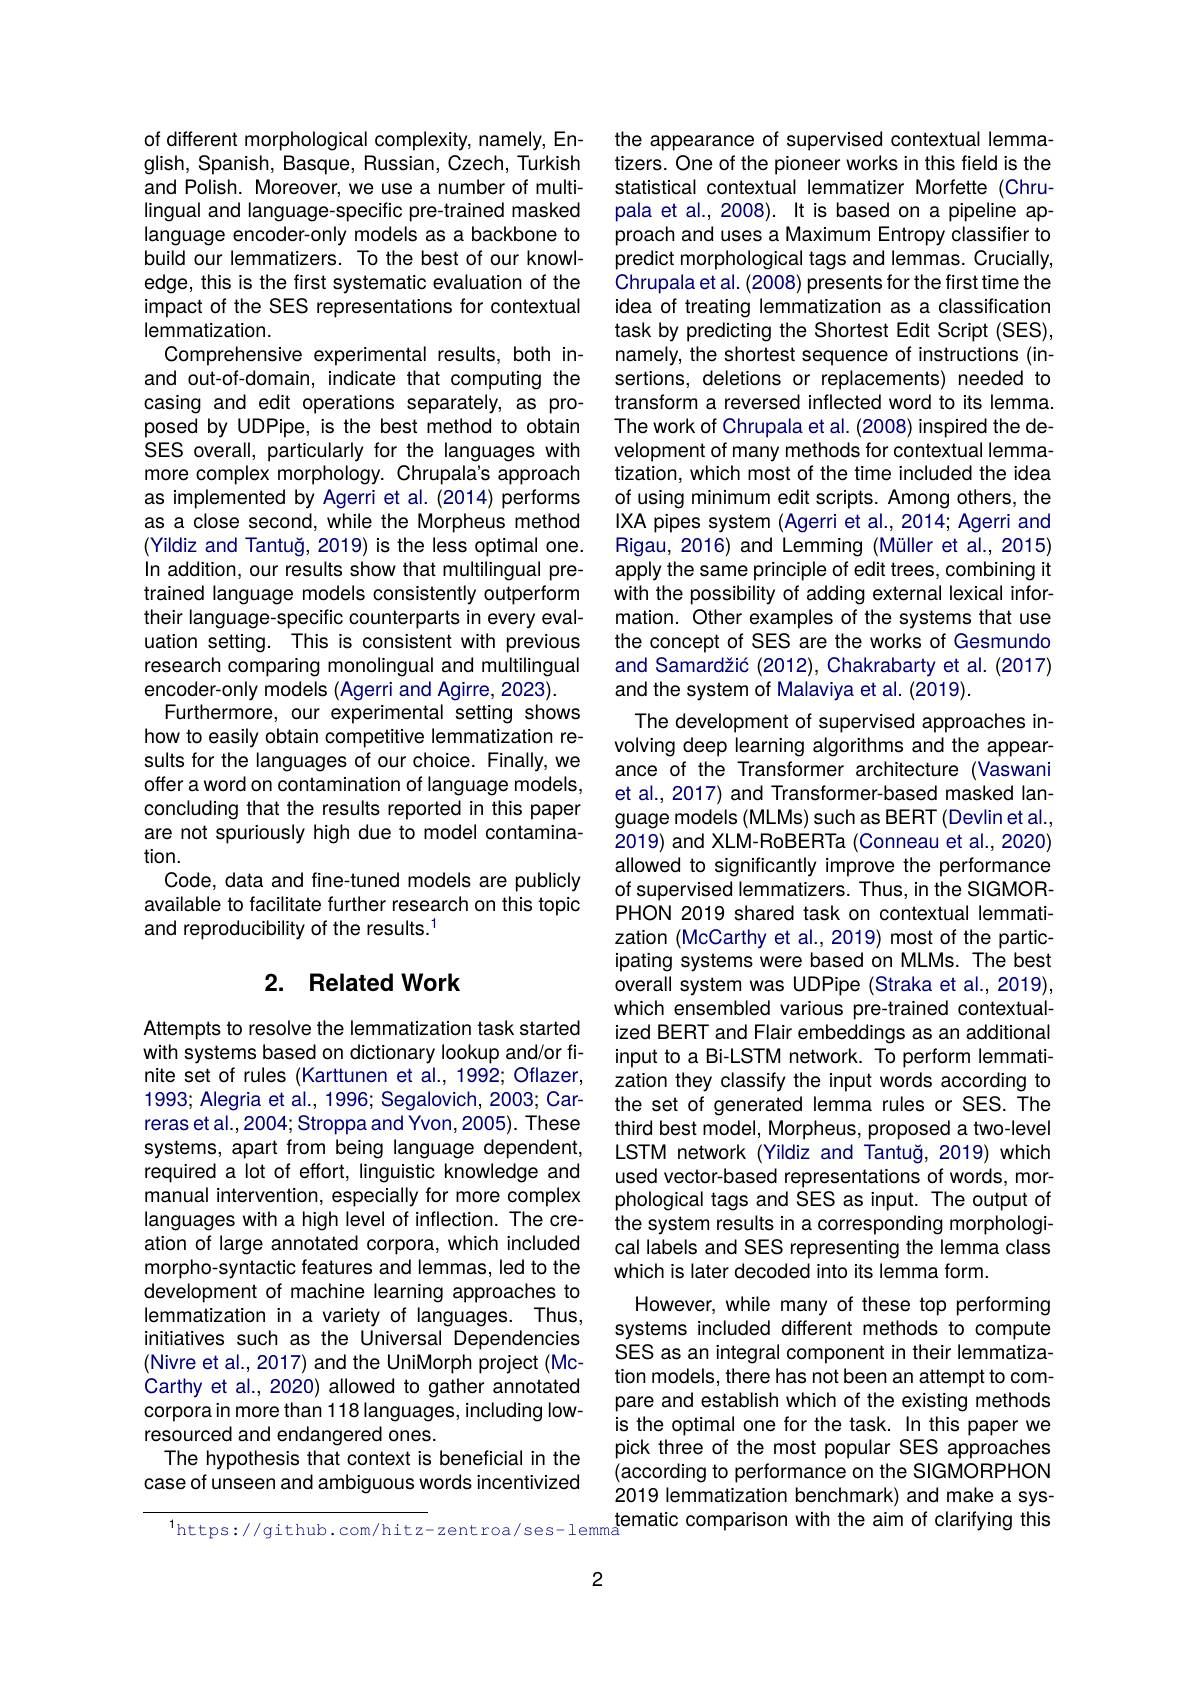
of different morphological complexity, namely, English, Spanish, Basque, Russian, Czech, Turkish and Polish. Moreover, we use a number of multilingual and language-specific pre-trained masked language encoder-only models as a backbone to build our lemmatizers. To the best of our knowledge, this is the first systematic evaluation of the impact of the SES representations for contextual lemmatization.
Comprehensive experimental results, both inand out-of-domain, indicate that computing the casing and edit operations separately, as proposed by UDPipe, is the best method to obtain SES overall, particularly for the languages with more complex morphology. Chrupala's approach as implemented by Agerri et al.(2014) performs as a close second, while the Morpheus method (Yildiz and Tantuğ, 2019) is the less optimal one. In addition, our results show that multilingual pretrained language models consistently outperform their language-specific counterparts in every evaluation setting. This is consistent with previous research comparing monolingual and multilingual encoder-only models (Agerri and Agirre, 2023).
Furthermore, our experimental setting shows how to easily obtain competitive lemmatization results for the languages of our choice. Finally, we offer a word on contamination of language models, concluding that the results reported in this paper are not spuriously high due to model contamination.
Code, data and fine-tuned models are publicly available to facilitate further research on this topic and reproducibility of the results.$^{1}$

## 2. Related Work

Attempts to resolve the lemmatization task started with systems based on dictionary lookup and/or finite set of rules (Karttunen et al., 1992; Oflazer, 1993; Alegria et al., 1996; Segalovich, 2003; Carreras et al., 2004; Stroppa and Yvon, 2005). These systems, apart from being language dependent, required a lot of effort, linguistic knowledge and manual intervention, especially for more complex languages with a high level of inflection. The creation of large annotated corpora, which included morpho-syntactic features and lemmas, led to the development of machine learning approaches to lemmatization in a variety of languages. Thus, initiatives such as the Universal Dependencies (Nivre et al., 2017) and the UniMorph project (McCarthy et al., 2020) allowed to gather annotated corporain more than 118 languages, including lowresourced and endangered ones.
The hypothesis that context is beneficial in the case of unseen and ambiguous words incentivized

the appearance of supervised contextual lemmatizers. One of the pioneer works in this field is the statistical contextual lemmatizer Morfette (Chrupala et al., 2008). It is based on a pipeline approach and uses a Maximum Entropy classifier to predict morphological tags and lemmas. Crucially, Chrupala et al. (2008) presents for the first time the idea of treating lemmatization as a classification task by predicting the Shortest Edit Script (SES), namely, the shortest sequence of instructions (insertions, deletions or replacements) needed to transform a reversed inflected word to its lemma. The work of Chrupala et al. (2008) inspired the development of many methods for contextual lemmatization, which most of the time included the idea of using minimum edit scripts. Among others, the IXA pipes system (Agerri et al., 2014; Agerri and Rigau, 2016) and Lemming (Müller et al., 2015) apply the same principle of edit trees, combining it with the possibility of adding external lexical information. Other examples of the systems that use the concept of SES are the works of Gesmundo and Samardžić (2012), Chakrabarty et al. (2017) and the system of Malaviya et al. (2019).
The development of supervised approaches involving deep learning algorithms and the appearance of the Transformer architecture (Vaswani et al., 2017) and Transformer-based masked language models (MLMs) such as BERT (Devlin et al., 2019) and XLM-RoBERTa (Conneau et al., 2020) allowed to significantly improve the performance of supervised lemmatizers. Thus, in the SIGMORPHON 2019 shared task on contextual lemmatization ( McCarthy et al., 2019) most of the participating systems were based on MLMs. The best overall system was UDPipe (Straka et al., 2019), which ensembled various pre-trained contextualized BERT and Flair embeddings as an additional input to a Bi-LSTM network. To perform lemmatization they classify the input words according to the set of generated lemma rules or SES. The third best model, Morpheus, proposed a two-level LSTM network (Yildiz and Tantuğ, 2019) which used vector-based representations of words, morphological tags and SES as input. The output of the system results in a corresponding morphological labels and SES representing the lemma class which is later decoded into its lemma form.
However, while many of these top performing systems included different methods to compute SES as an integral component in their lemmatization models, there has not been an attempt to compare and establish which of the existing methods is the optimal one for the task. In this paper we pick three of the most popular SES approaches (according to performance on the SIGMORPHON 2019 lemmatization benchmark) and make a sys-
$^{1}$https://github.com/hitz-zentroa/ses-lemma$^\textbf{tematic comparison with the aim of clarifying this}$

2